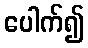
ပေါက်၍